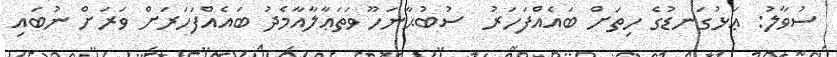
ސުވާލު: ޢަޅުގަނޑުގެ ހިތަށް ބައެއްފަހަރު  ސުބުޙާނަހޫ ވަތަޢާލާއާމެދު ބައެއްފަހަރަށް ވަރަށް ނުބައި